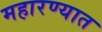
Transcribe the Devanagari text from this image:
महारण्यात